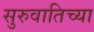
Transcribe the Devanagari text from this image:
सुरुवातिच्या